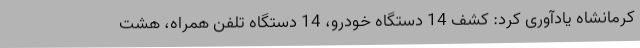
کرمانشاه یادآوری کرد: کشف 14 دستگاه خودرو، 14 دستگاه تلفن همراه، هشت